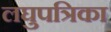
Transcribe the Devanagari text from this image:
लघुपत्रिका